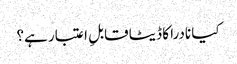
کیا نادرا کا ڈیٹا قابلِ اعتبار ہے؟